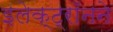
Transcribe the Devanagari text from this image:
इलेक्ट्रॉनने